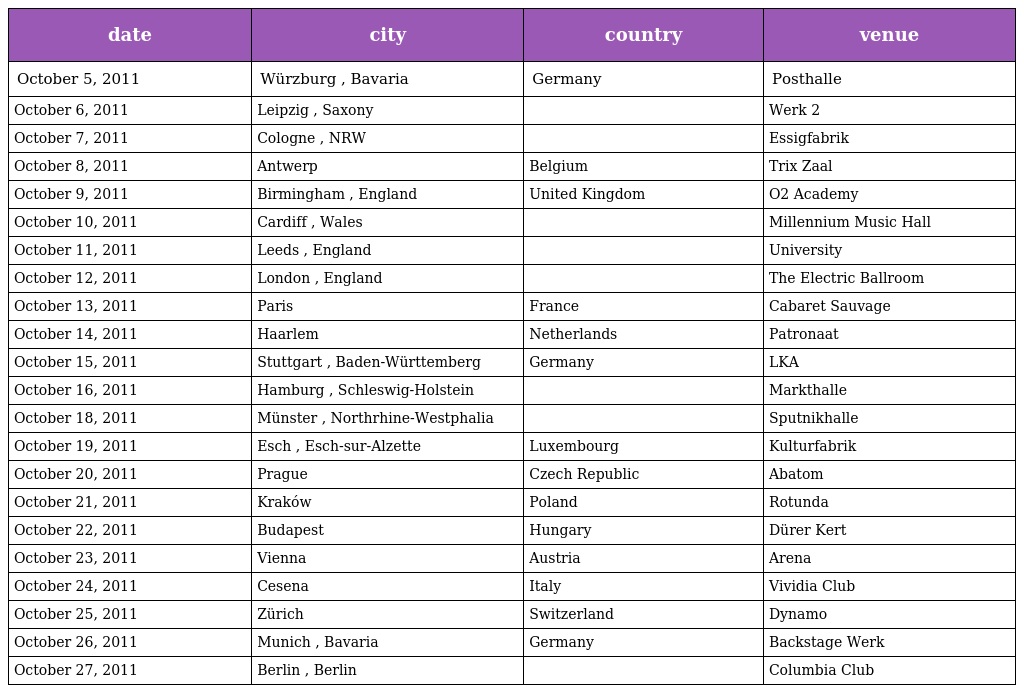
| date | city | country | venue |
 | --- | --- | --- | --- |
 | October 5, 2011 | Würzburg , Bavaria | Germany | Posthalle |
 | October 6, 2011 | Leipzig , Saxony |  | Werk 2 |
 | October 7, 2011 | Cologne , NRW |  | Essigfabrik |
 | October 8, 2011 | Antwerp | Belgium | Trix Zaal |
 | October 9, 2011 | Birmingham , England | United Kingdom | O2 Academy |
 | October 10, 2011 | Cardiff , Wales |  | Millennium Music Hall |
 | October 11, 2011 | Leeds , England |  | University |
 | October 12, 2011 | London , England |  | The Electric Ballroom |
 | October 13, 2011 | Paris | France | Cabaret Sauvage |
 | October 14, 2011 | Haarlem | Netherlands | Patronaat |
 | October 15, 2011 | Stuttgart , Baden-Württemberg | Germany | LKA |
 | October 16, 2011 | Hamburg , Schleswig-Holstein |  | Markthalle |
 | October 18, 2011 | Münster , Northrhine-Westphalia |  | Sputnikhalle |
 | October 19, 2011 | Esch , Esch-sur-Alzette | Luxembourg | Kulturfabrik |
 | October 20, 2011 | Prague | Czech Republic | Abatom |
 | October 21, 2011 | Kraków | Poland | Rotunda |
 | October 22, 2011 | Budapest | Hungary | Dürer Kert |
 | October 23, 2011 | Vienna | Austria | Arena |
 | October 24, 2011 | Cesena | Italy | Vividia Club |
 | October 25, 2011 | Zürich | Switzerland | Dynamo |
 | October 26, 2011 | Munich , Bavaria | Germany | Backstage Werk |
 | October 27, 2011 | Berlin , Berlin |  | Columbia Club |